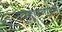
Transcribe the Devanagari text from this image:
ब्यूहारनाइस